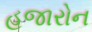
હજારોન